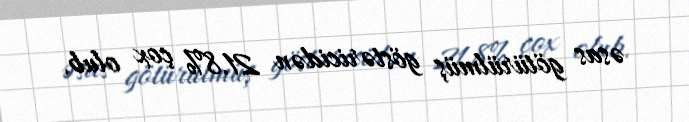
əsas götürülmüş göstəricidən 21.8% çox olub.